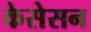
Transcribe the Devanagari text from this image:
केसेसन